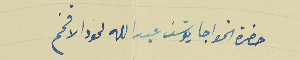
حضرة الخواجا يوسَف عبدالله لحود الافخم